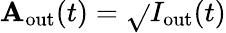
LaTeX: \mathbf{A}_{\mathrm{{out}}}(t)=\sqrt{}{{I_{\mathrm{{out}}}(t)}}